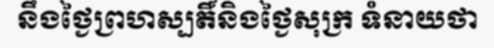
នឹងថ្ងៃព្រហស្បតិ៍និងថ្ងៃសុក្រ ទំនាយថា